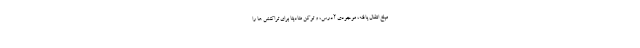
مبلغ انتقال یافته، موجودی آدرس، و توکن متادیتا برای تراکنش ها را